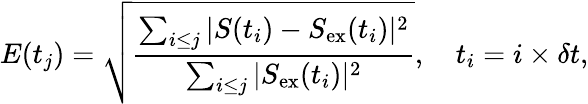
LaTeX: E(t_{j})=\sqrt{\frac{\sum_{i\leq j}\vert S(t_{i})-S_{\mathrm{ex}}(t_{i})\vert^{2}}{\sum_{i\leq j}\vert S_{\mathrm{ex}}(t_{i})\vert^{2}}},\quad t_{i}=i\times\delta t,